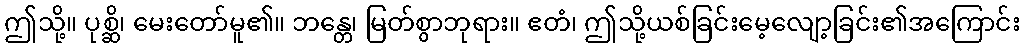
ဤသို့။ ပုစ္ဆိ၊ မေးတော်မူ၏။ ဘန္တေ၊ မြတ်စွာဘုရား။ ဧတံ၊ ဤသို့ယစ်ခြင်းမေ့လျော့ခြင်း၏အကြောင်း